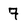
Character: 7